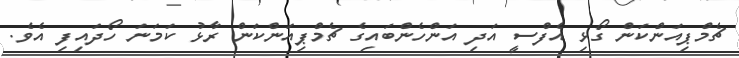
ޗެމްޕިއަންކަން ގޯޅި އެފްސީ އަދި އަންހެންބައިގެ ޗެމްޕިއަންކަން ރާޅު ކަމަނަ ހޯދައިފި އެވެ.